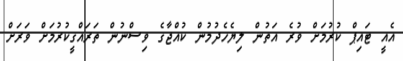
އެއީ ޓައިޕް ކުރުމަށް ވުރެ އަތުން ލިޔެހެދުމުން ކުއްޖާގެ ވިސްނުން ތަރައްގީކުރުމަށް ވަރަށް